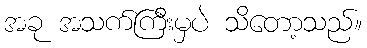
အခု အသက်ကြီးမှပဲ သိတော့သည်။